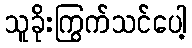
သူခိုးကြွက်သင်ပေါ့